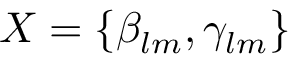
X = \left\lbrace { \beta _ { l m } , \gamma _ { l m } } \right\rbrace